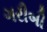
ગરીબી